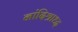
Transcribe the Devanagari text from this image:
नांदिश्राध्द